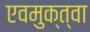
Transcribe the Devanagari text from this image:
एवमुक्त्वा